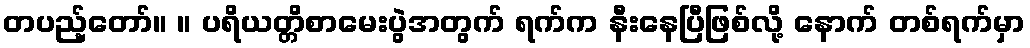
တပည့်တော်။ ။ ပရိယတ္တိစာမေးပွဲအတွက် ရက်က နီးနေပြီဖြစ်လို့ နောက် တစ်ရက်မှာ